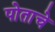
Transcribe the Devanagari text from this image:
पोताचे